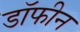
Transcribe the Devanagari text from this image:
डॉफीन